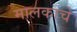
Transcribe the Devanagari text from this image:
मालकाचे